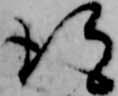
得